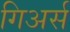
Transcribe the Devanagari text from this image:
गिअर्स